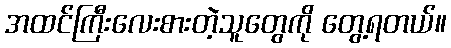
အထင်ကြီးလေးစားတဲ့သူတွေကို တွေ့ရတယ်။